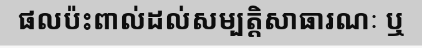
ផលប៉ះពាល់ដល់សម្បត្តិសាធារណៈ ឬ